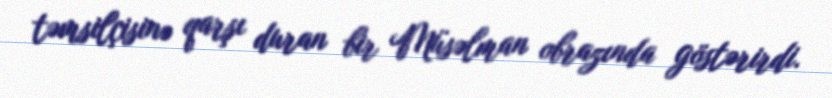
təmsilçisinə qarşı duran bir Müsəlman obrazında göstərirdi.